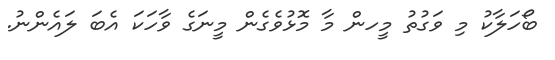
ބޯހަލާކު މި ވަގުތު މީހން މާ މޮޅުވެގެން މީނަގެ ވާހަކަ އެބަ ލައެންނު.